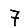
Digit: 7